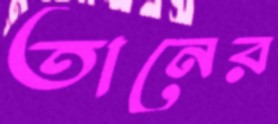
তানের